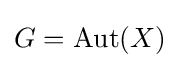
G=\operatorname {Aut} (X)